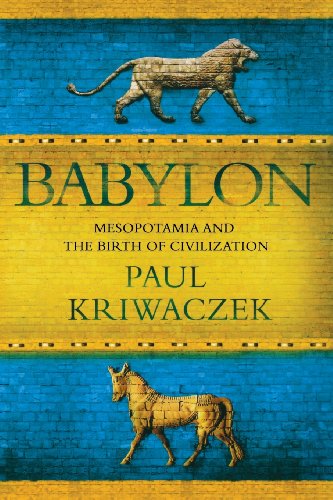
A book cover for Babylon: Mesopotamia and the Birth of Civilization; Paul Kriwaczek; History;